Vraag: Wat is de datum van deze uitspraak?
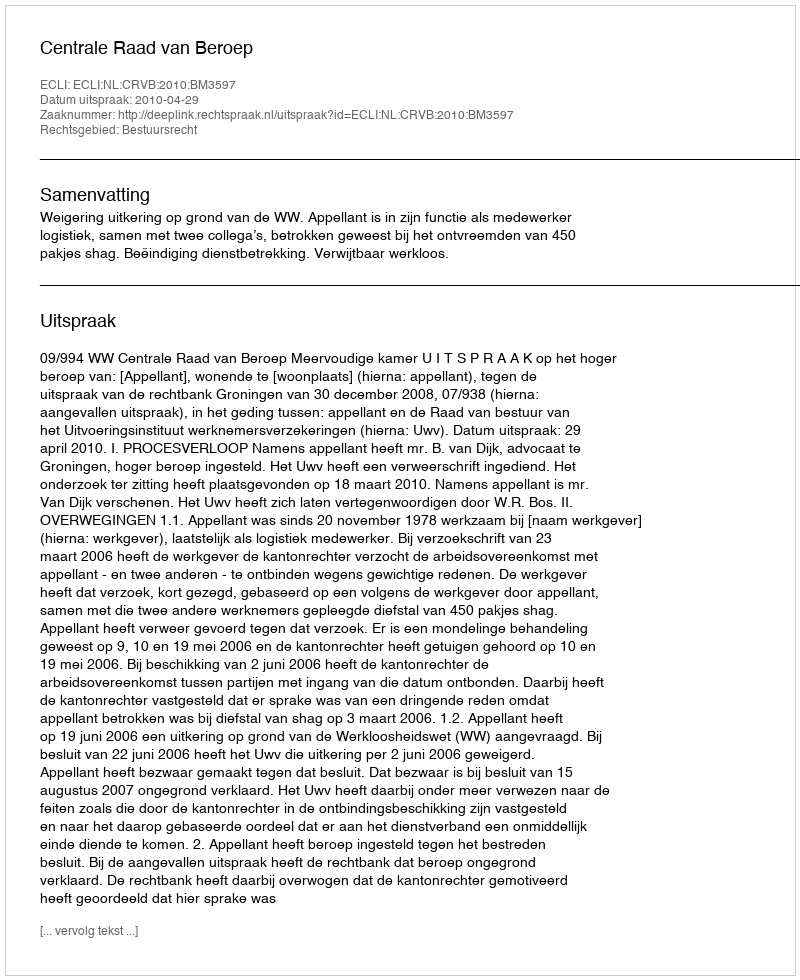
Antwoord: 2010-04-29